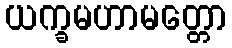
ယက္ခမဟာမတ္တော